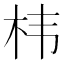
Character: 㭏